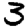
Digit: 3